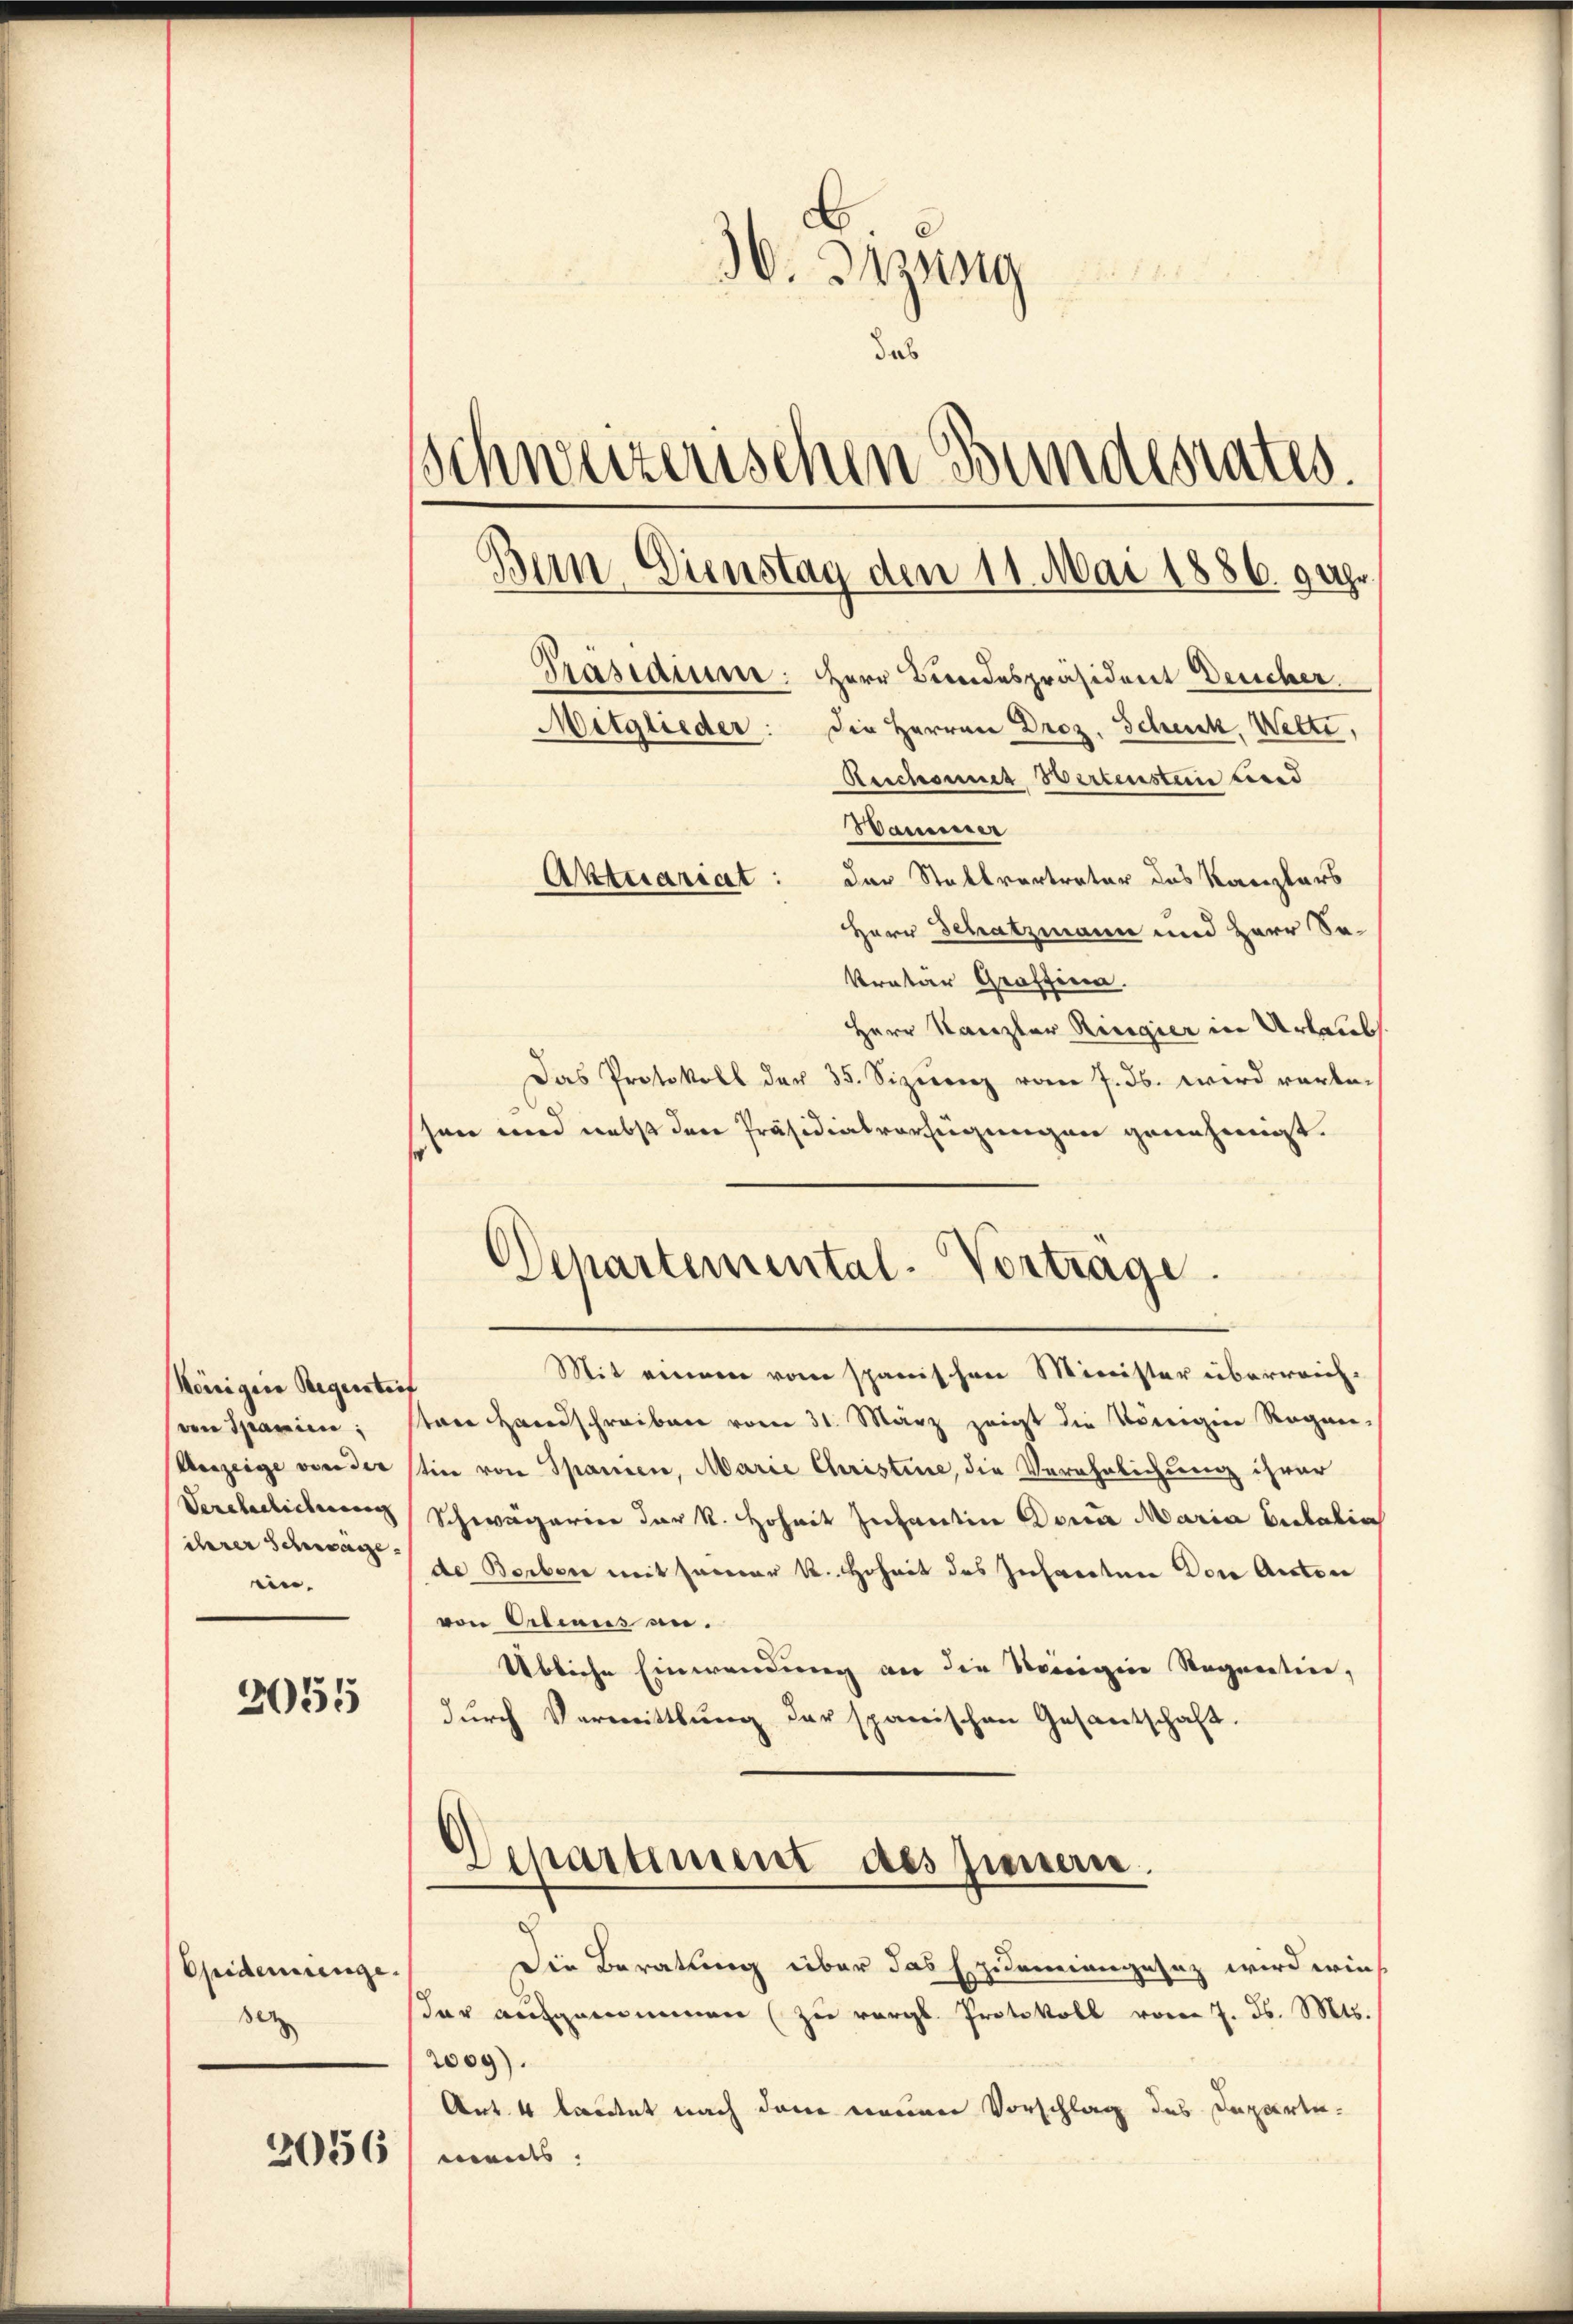
Korrigine Regensteif
Verchaulichung
ihrer Schwage.
en.

2055

Epidemienge.
sez

2056

6
30. Inzung

das
Schweizerischen Bundesrates.
Bern. Dienstag den 11. Mai 1886. 9 Uhr.
Trasidium: HHerr Brodespräsident Deucher.
Mitglieder: Die Herren Droz. Scheck, Wette,
Reichannes Wertenstein lied
Bammer
Aktuariat: Der Stattvertreter das Kanzlers
Herr Schatzmann und Herr Se-

kretär Graffina.
Herr Kanzler Ringier in Urlaub
Das Protokoll der 35. Sizierenz vom 7. ds. wird vorlassen und nebst den Präsidialverfügungen genehmigt.
Mit einem vom spanischen Minister überreich-
von Spanien, von Handschreiben vom 31. März zeigt die Königine Regen-
Unzeige von der stin von Spanien, Marie Christine, die Verehrlichung ihrer
Schwägerien der R. Hoheit Infantin Donia Maria Antalin
de Borben mit seiner k. Hoheit des Infanten Don Anton
von Ortiaus an.
Übliche Einwendung an die Weinigen Sequentier,
durch Vermittlung der spanischen Gesantschaft.
.
Apartiment des Innern.
Die Beratung über das Epidemiengesez wird wies
dar aufgenommen (zu vergl. Protokoll vom 7. ds. Mts.
2009).
Art. 4 lautet nach dem meiner Vorschlag des Departements

Departemental-Vortrage.